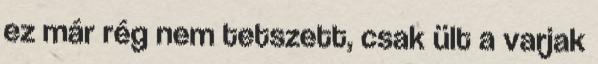
ez már rég nem tetszett, csak ült a varjak